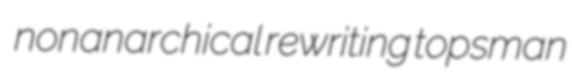
nonanarchical rewriting topsman